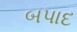
બપાદ